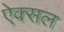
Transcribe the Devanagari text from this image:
ऐक्सल